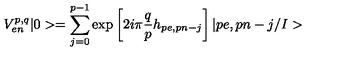
V _ { e n } ^ { p , q } | 0 > = \sum _ { j = 0 } ^ { p - 1 } \mathrm { e x p } \left[ 2 i \pi \frac { q } { p } h _ { p e , p n - j } \right] | p e , p n - j / I >